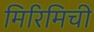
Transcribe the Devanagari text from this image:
मिरिमिची